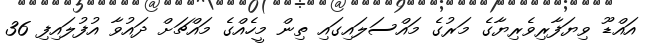
އައްޑޫ ވިޔަފާރިވެރިޔާގެ މަރުގެ މައްސަލައިގައި ތިން މީހެއްގެ މައްޗަށް ދައުވާ އުފުލައިފި 36